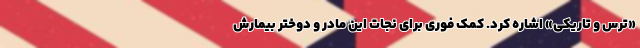
«ترس و تاریکی» اشاره کرد. کمک فوری برای نجات این مادر و دوختر بیمارش